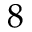
8